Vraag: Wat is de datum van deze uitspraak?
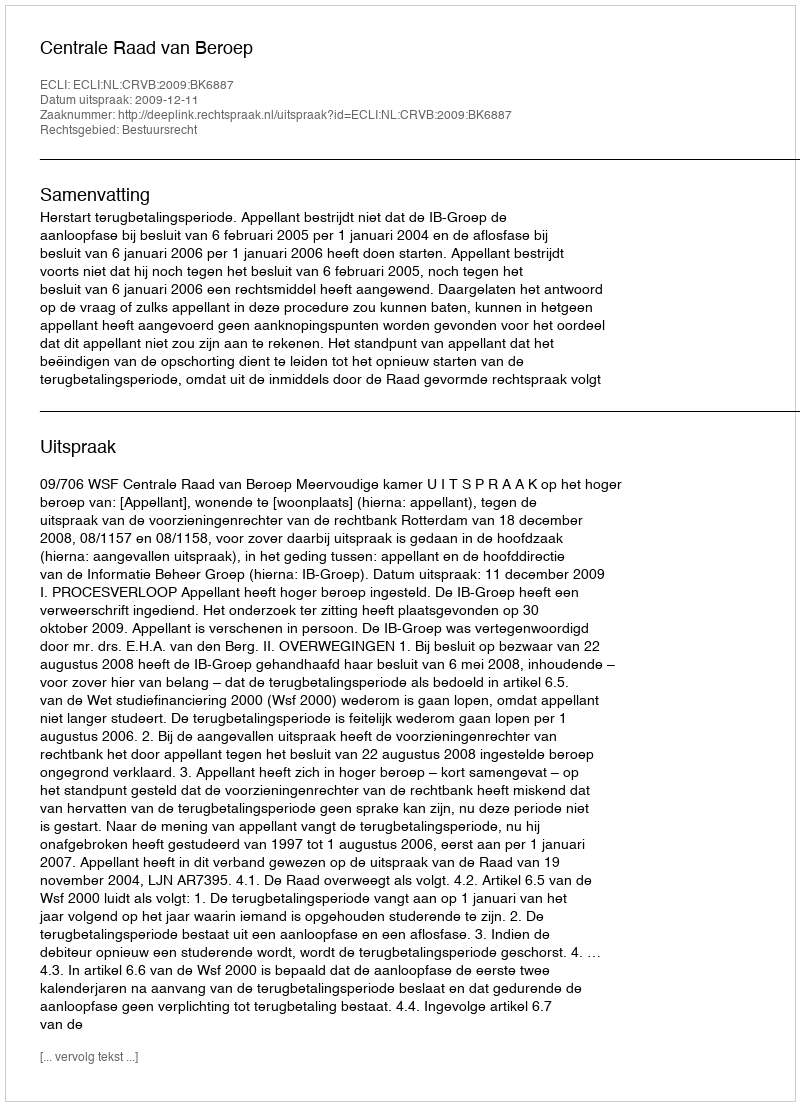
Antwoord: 2009-12-11